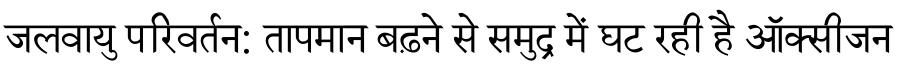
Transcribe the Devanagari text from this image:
जलवायु परिवर्तन: तापमान बढ़ने से समुद्र में घट रही है ऑक्सीजन